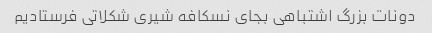
دونات بزرگ اشتباهی بجای نسکافه شیری شکلاتی فرستادیم